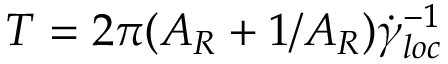
T = 2 \pi ( A _ { R } + 1 / A _ { R } ) \dot { \gamma } _ { l o c } ^ { - 1 }